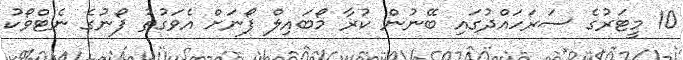
10 މީޓަރުގެ ސަރަހައްދުގައި ބޭނުން ކުރާ މޯބައިލް ފޯނަށް އެވަގުތު ފޯނުގެ ނެޓްވޯކު